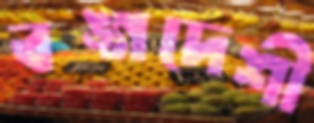
বঙ্গদেশী